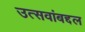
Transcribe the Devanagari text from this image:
उत्सवांबद्दल